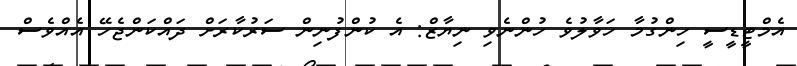
އެމްޓީޑީސީ ހިންގުމާ ހަވާލުވެ ހުންނެވި ނިޔާޒް: އެ ކުންފުނިން ސަރުކާރަށް ދައްކަންޖެހޭ އެއްވެސް